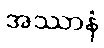
အဿာနံ